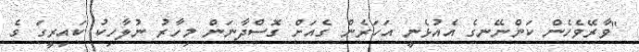
"ވާރޭވެހެން ކަންނޭނގެ އެއުޅެނީ އަހަރެން ގެއަށް ގޮސްދާނަން މިހާރު ނުލާހިކު ކައިރީގަ ގެ